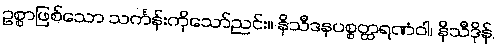
ဥစ္စာဖြစ်သော သင်္ကန်းကိုသော်ညင်း။ နိသီဒနပစ္စတ္ထရဏံဝါ၊ နိသီဒိုန်,